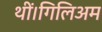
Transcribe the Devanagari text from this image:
थीं।गिलिअम